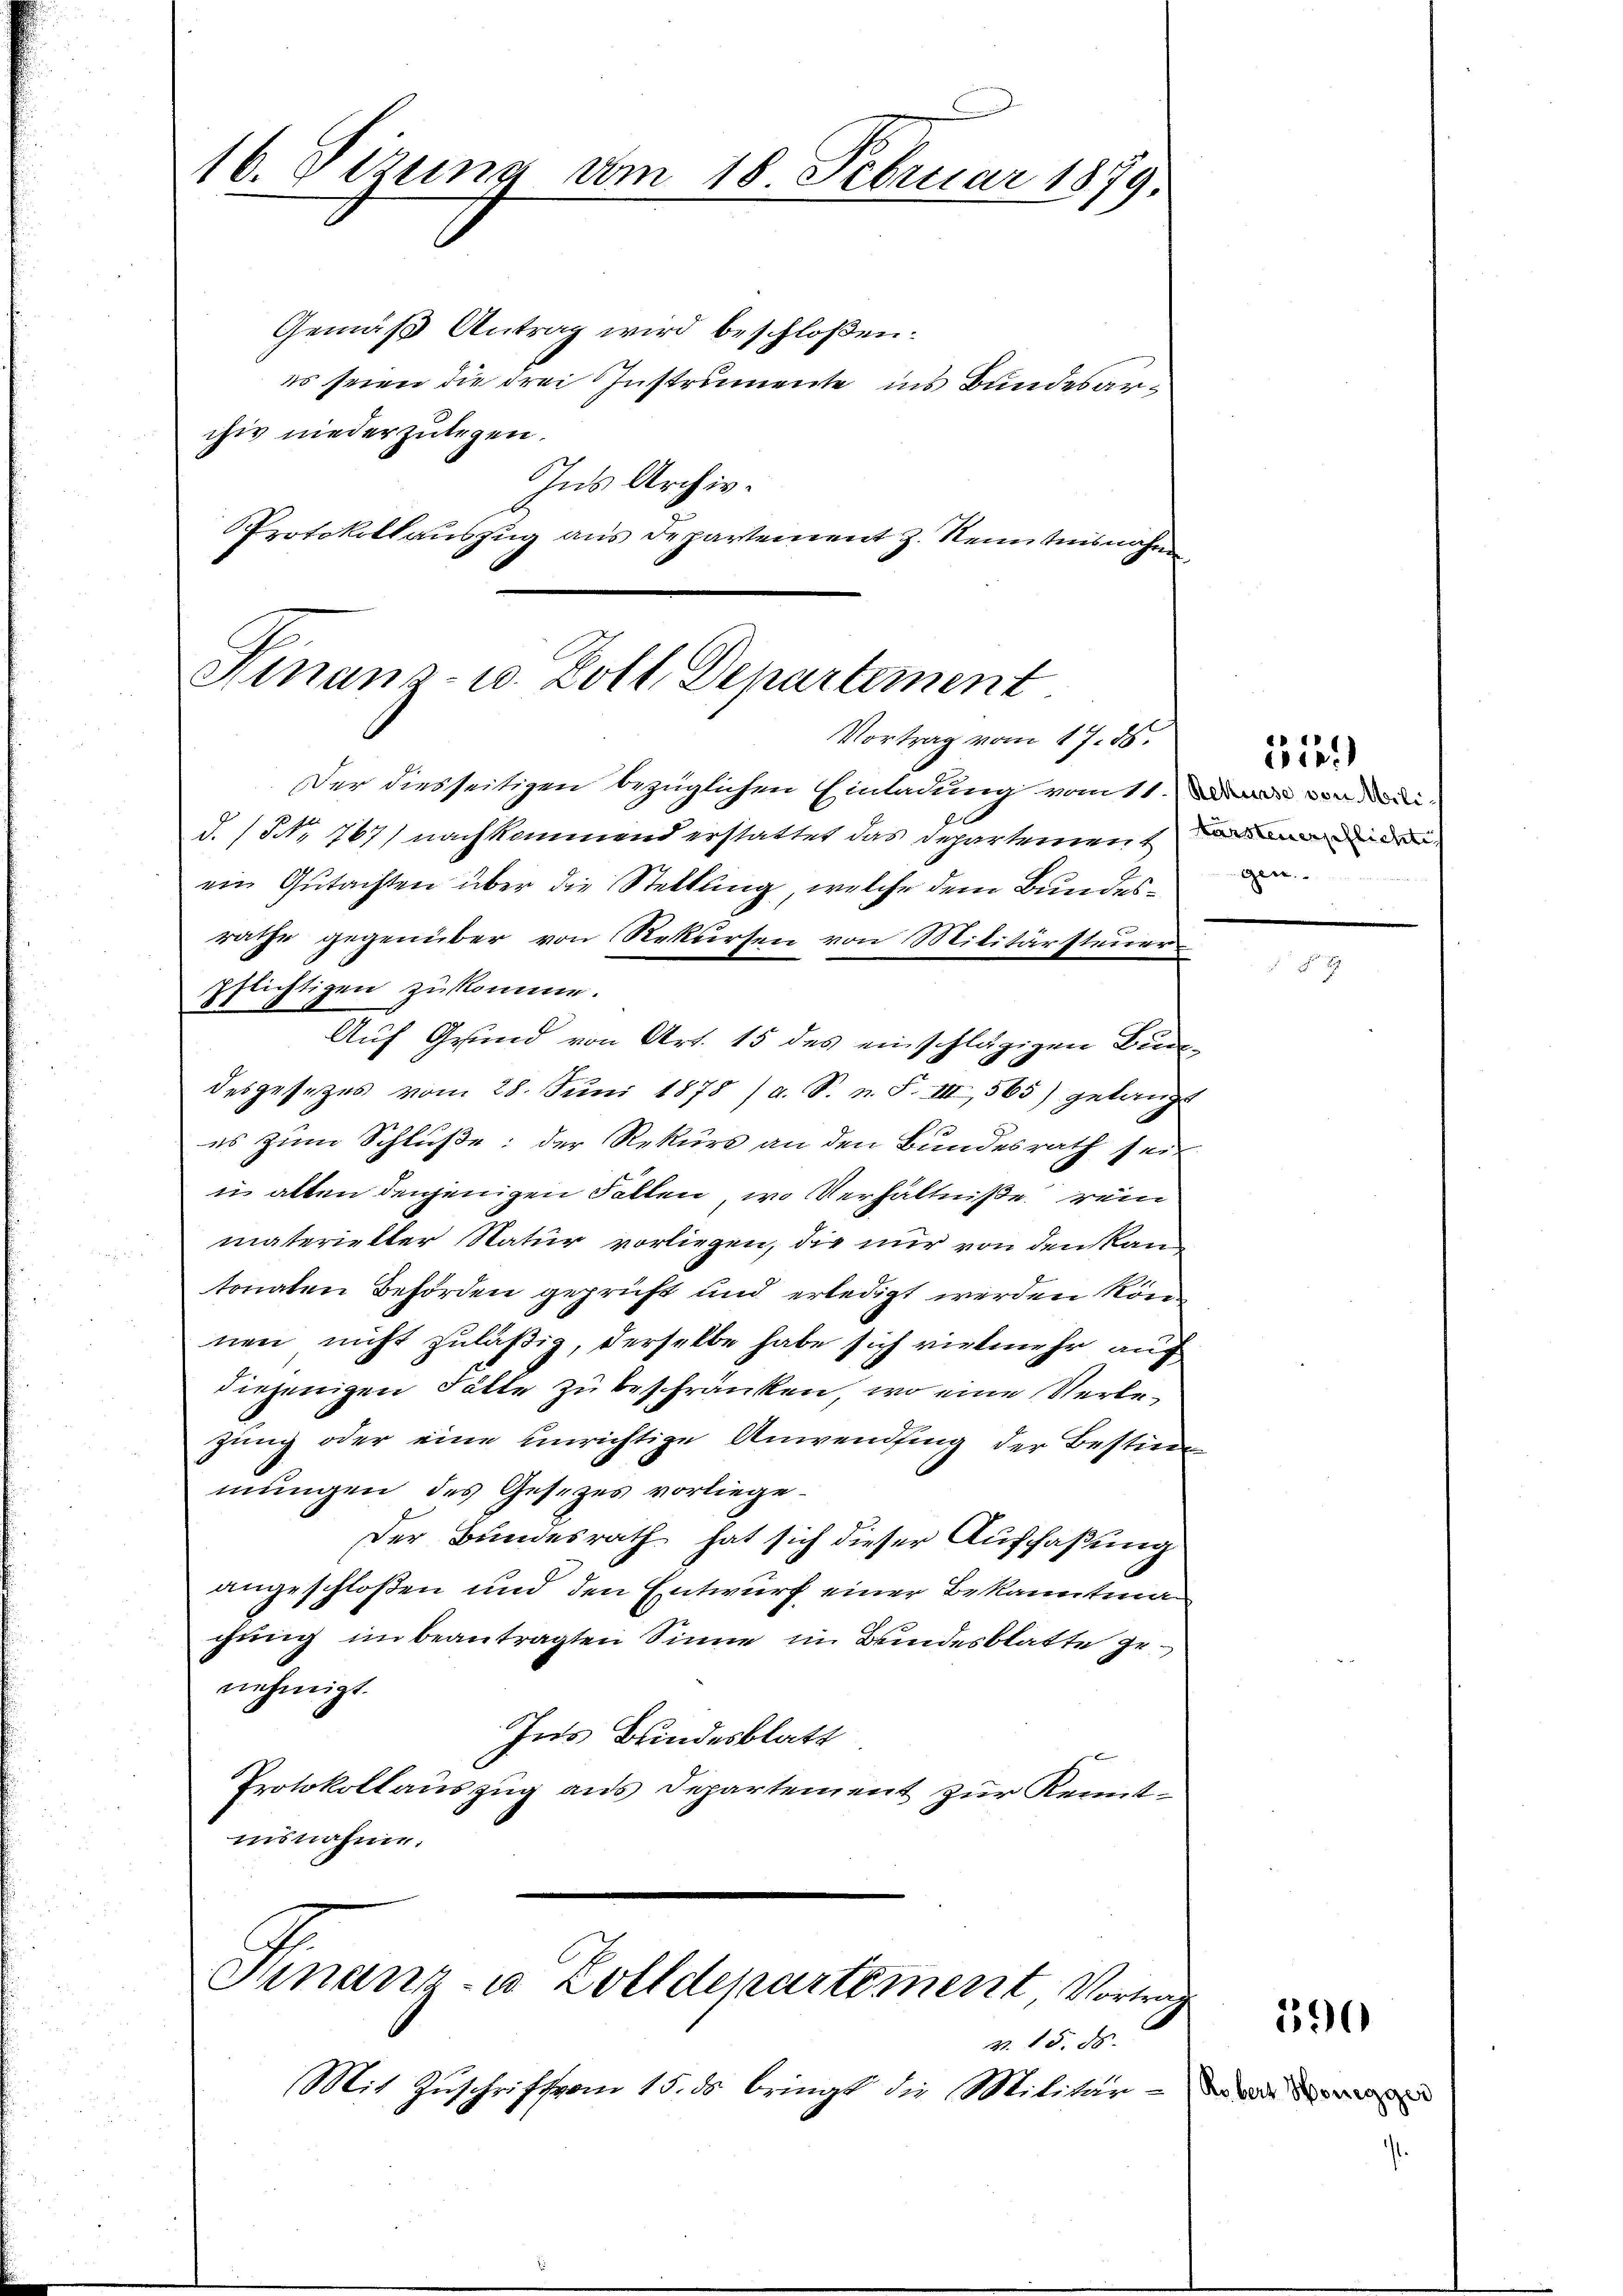
16. Vizung vom 18 Februar 1879.

Gemäß Antrag wird beschloßen:
es seien die drei Instrumente ins Bundesarchiv niederzulegen.
Ins Archiv.
Protokollaŭszŭg ans Departement z. Kenntnisnahm

Hinanz- u. Zoll Departement
Vortrag vom 17. ds.

Der diesseitigen bezüglichen Einladung vom 11. Die von dedid.(NNo. 767) nachkommend erstattet das Departiente
ein Gutachten über die Stellung, welche dem Bundesrathe gegenüber von Rekursen von Militärsteuer
pflichtigen zukomme.
Auf Grund von Art. 15 des einschlägigen Bundesgesetzes vom 28. Jŭni 1878 / a. S. n. F. III 565) gelangt
es zum Schluße: der Rekurs an den Bundesrath sei
u alten denjenigen Fallen, wo Verhältniße rein
materieller Natur vorliegen, die nur von den Kantonaten Behörden geprüft und erledigt werden können nicht zuläßig, derselbe habe sich vielmehr auch
diejenigen Fälle zu beschränken, wo eine Verlezung oder eine unrichtige Anwendung der Bestim
mungen des Gesezes vorliege¬
Der Bundesrath hat sich dieser Auffaßung
angeschloßen und den Entwurf einer Bekanntma
chung unbeantragten Sinne im Bundesblatte genehmigt.
Ins Bundesblatt
Protokollauszug aus Departement zur Kenntinsnahme.

Finanz- u. Zolldepartement Vortrag
. 15. ds.

Mit Zuschrift vom 15. ds bringt die Militär-

31.)
Gen.

390